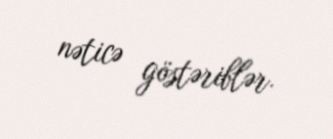
nəticə göstəriblər.